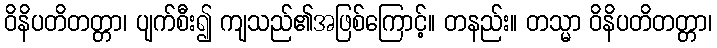
ဝိနိပတိတတ္တာ၊ ပျက်စီး၍ ကျသည်၏အဖြစ်ကြောင့်။ တနည်း။ တသ္မာ ဝိနိပတိတတ္တာ၊